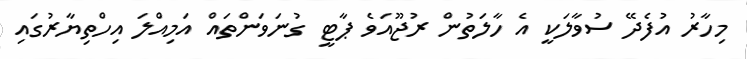
މިހާރު އުފެދޭ ސުވާލަކީ އެ ހާލަތުން ރުޖޫއަވެ ޕާޓީ ގުނަވަންތައް އަމިއްލަ އިހްތިޔާރުގައި